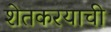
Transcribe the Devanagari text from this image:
शेतकरयाची